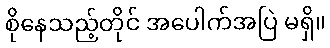
စိုနေသည့်တိုင် အပေါက်အပြဲ မရှိ။